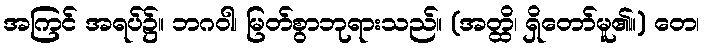
အကြင် အရပ်၌။ ဘဂဝါ၊ မြတ်စွာဘုရားသည်။ (အတ္ထိ၊ ရှိတော်မူ၏။) တေ၊